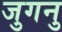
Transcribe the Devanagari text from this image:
जुगनु